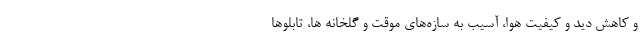
و کاهش دید و کیفیت هوا، آسیب به سازه‌های موقت و گلخانه ها، تابلو‌ها